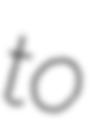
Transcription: to